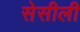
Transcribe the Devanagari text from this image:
सेसीली